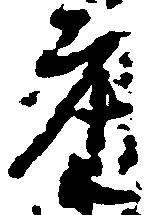
座